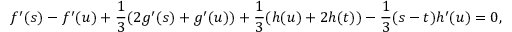
f ^ { \prime } ( s ) - f ^ { \prime } ( u ) + \frac { 1 } { 3 } ( 2 g ^ { \prime } ( s ) + g ^ { \prime } ( u ) ) + \frac { 1 } { 3 } ( h ( u ) + 2 h ( t ) ) - \frac { 1 } { 3 } ( s - t ) h ^ { \prime } ( u ) = 0 ,